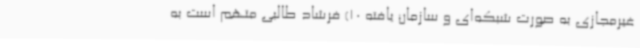
غیرمجازی به صورت شبکه‌ای و سازمان یافته 10) فرشاد طالبی متهم است به